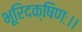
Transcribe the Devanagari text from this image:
भूरिदक्षिणः।।